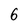
Character: 6